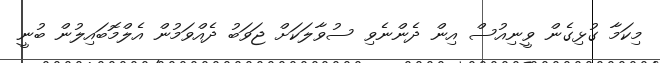
މިކަމާ ގުޅިގެން ވީނިއުސް އިން ދެންނެވި ސުވާލަކަށް ޖަވަބު ދެއްވަމުން އެލްމޮބައިލުން ބުނީ